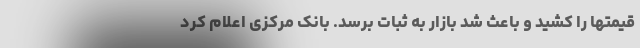
قیمتها را کشید و باعث شد بازار به ثبات برسد. بانک مرکزی اعلام کرد